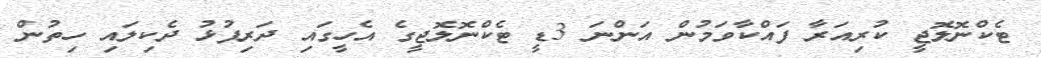
ޓެކްނޮލޮޖީ ކުރިއަރާ ފައްކާވަމުން އަންނަ 3ޑީ ޓެކްނޮލޮޖީގެ އެހީގައި ދަރިފުޅު ދެކިލައި ހިތުން